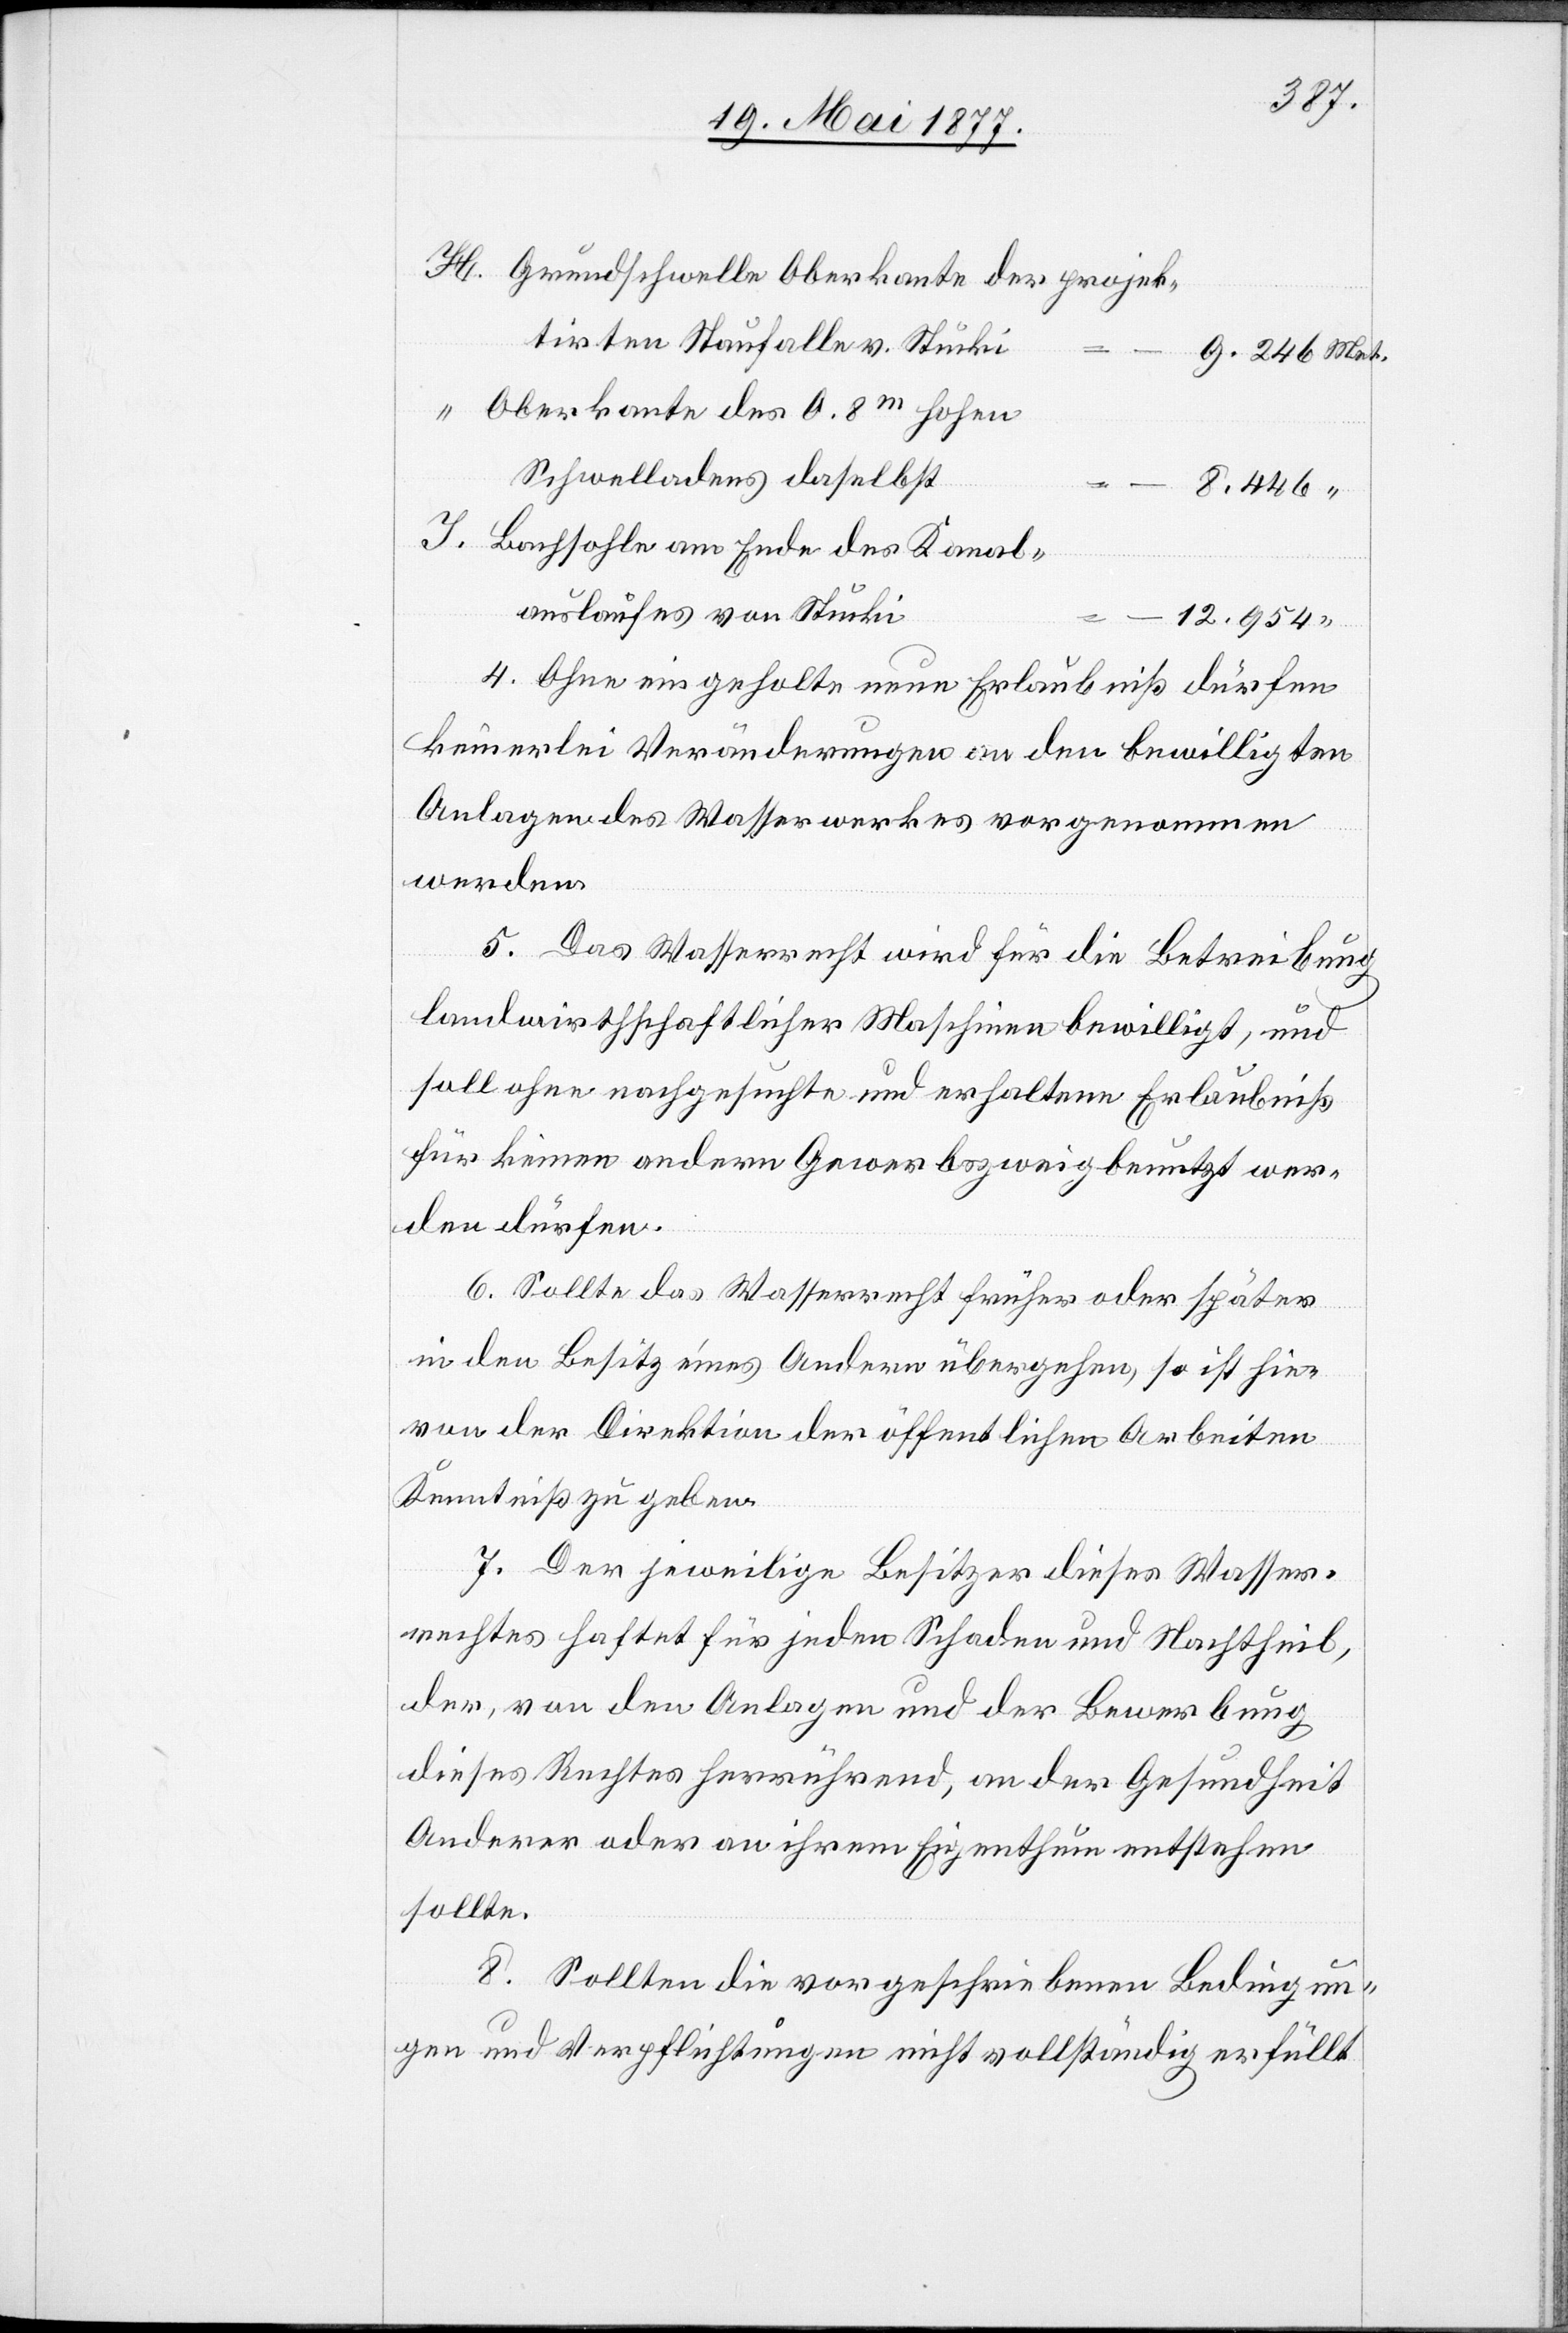
Grundschwelle Oberkante der projek¬
tirten Staufalle v. Stucki
Oberkante des 0.8m hohen
Schwelladens daselbst
8.446
Bachsohle am Ende des Kanal¬
auslaufes von Stucki
12.954
4. Ohne eingeholte neue Erlaubniß dürfen
keinerlei Veränderungen an den bewilligten
Anlagen des Wasserwerkes vorgenommen
werden.
5. Das Wasserrecht wird für die Betreibung
landwirthschaftlicher Maschinen bewilligt, und
soll ohne nachgesuchte und erhaltene Erlaubniß
für keinen andern Gewerbszweig benutzt wer¬
den dürfen.
I.
6. Sollte das Wasserrecht früher oder später
in den Besitz eines Andern übergehen, so ist hie¬
von der Direktion der öffentlichen Arbeiten
Kenntniß zu geben.
7. Der jeweilige Besitzer dieses Wasser¬
rechtes haftet für jeden Schaden und Nachtheil,
der, von den Anlagen und der Bewerbung
dieses Rechtes herrührend, an der Gesundheit
Anderer oder an ihrem Eigenthum entstehen
sollte.
8. Sollten die vorgeschriebenen Bedingun¬
gen und Verpflichtungen nicht vollständig erfüllt